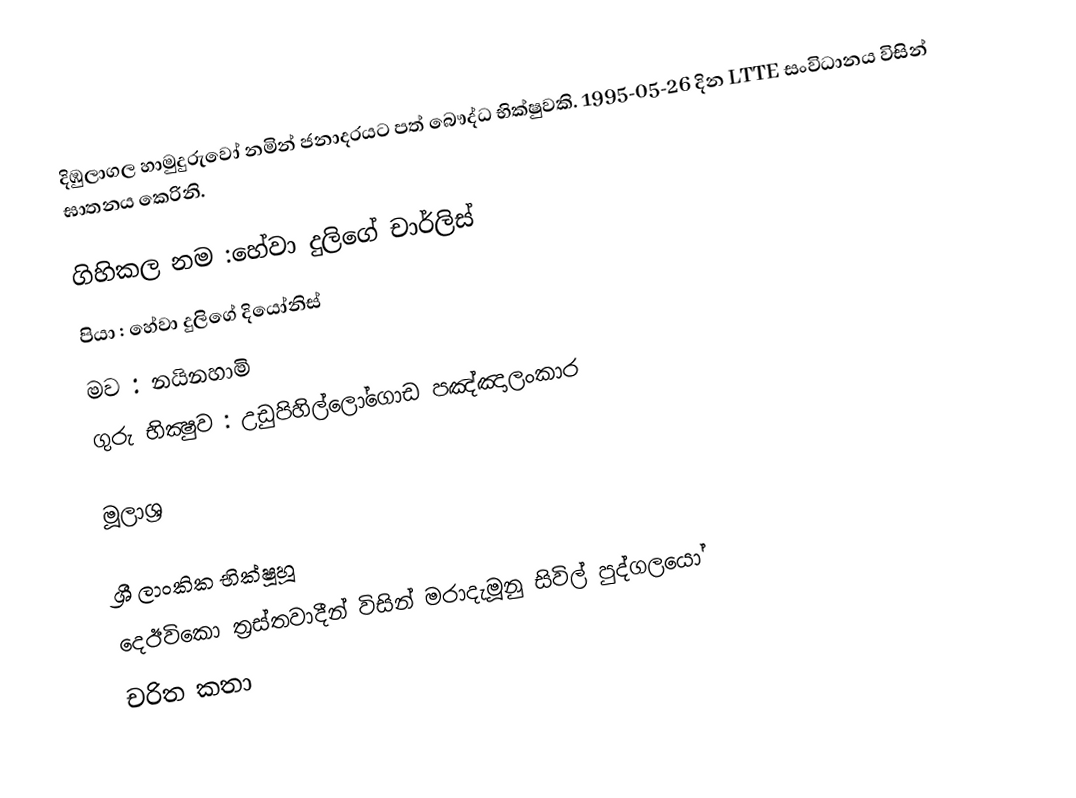
දිඹුලාගල හාමුදුරුවෝ නමින් ජනාදරය‍ට පත් බෞද්ධ භික්ෂුවකි. 1995-05-26 දින LTTE සංවිධාන‍ය විසින් ඝාතන‍ය කෙරිනි.

 ගිහිකල නම :හේවා දුලිගේ චාර්ලිස්
 පියා : හේවා දුලිගේ දියෝනිස්
 මව : නයිනහාමි
 ගුරු භික්‍ෂුව : උඩුපිහිල්ලෝගොඩ පඤ්ඤාලංකාර

මූලාශ්‍ර

ශ්‍රී ලාංකික භික්ෂූහූ
දෙඊවිකො ත්‍රස්තවාදීන් විසින් මරාදැමූනු සිවිල් පුද්ගලයෝ
චරිත කතා